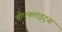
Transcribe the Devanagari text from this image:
चीपफ्लाइट्स